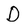
Character: D